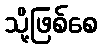
သို့ဖြစ်စေ